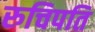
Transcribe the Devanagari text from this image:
रुचिपति